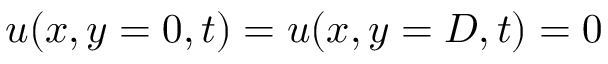
\boldsymbol u ( x , y = 0 , t ) = \boldsymbol u ( x , y = D , t ) = 0